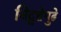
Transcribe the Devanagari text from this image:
विद्वत्तेपुढे